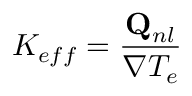
K _ { e f f } = \frac { \mathbf { Q } _ { n l } } { \nabla T _ { e } }